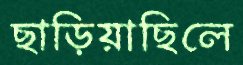
ছাড়িয়াছিলে